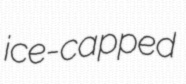
ice-capped